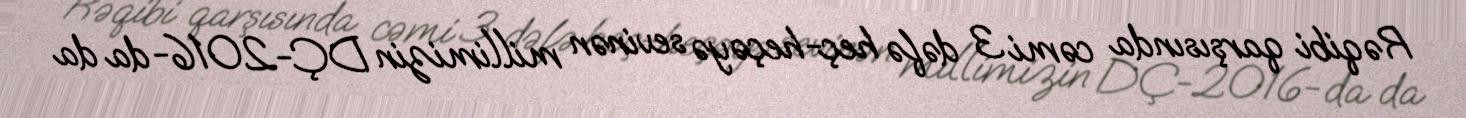
Rəqibi qarşısında cəmi 3 dəfə heç-heçəyə sevinən millimizin DÇ-2016-da da